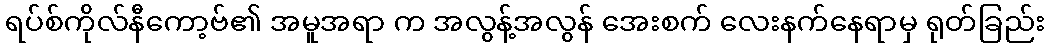
ရပ်စ်ကိုလ်နီကော့ဗ်၏ အမူအရာ က အလွန့်အလွန် အေးစက် လေးနက်နေရာမှ ရုတ်ခြည်း